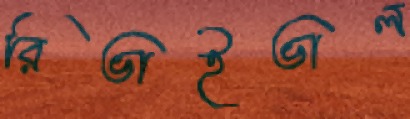
রিভাইভাল